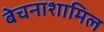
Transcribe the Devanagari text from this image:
बेचनाशामिल